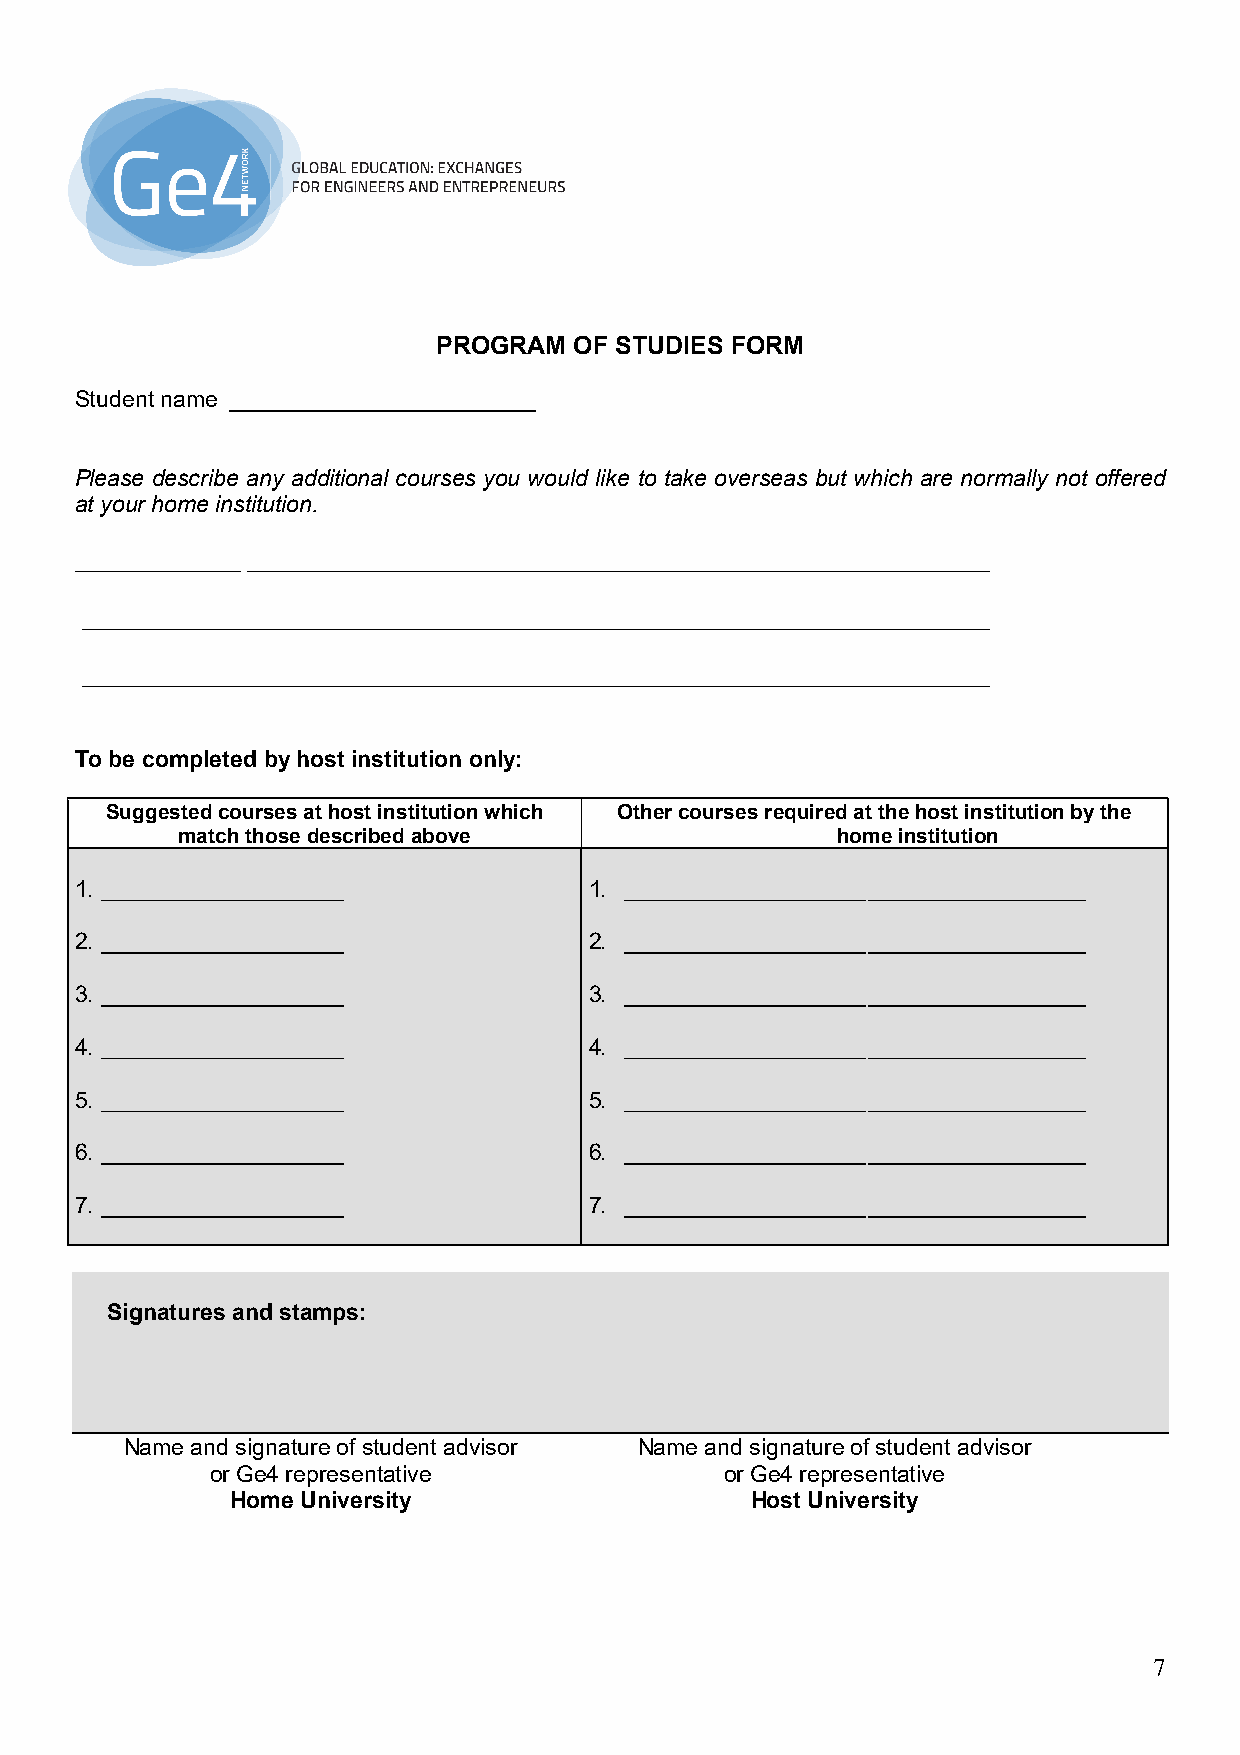
PROGRAM  OF STUDIES FORM
 Student name ________________________
 Please describe any additional courses you would like to take overseas but which are normally not offered
 at your home institution.
 ____________ ______________________________________________________
 __________________________________________________________________
 __________________________________________________________________
 To be completed by host institution only:
 Suggested courses at host institution which Other courses required at the host institution by the
 match those described above                home institution
 1. ___________________            1. ___________________ _________________
 2. ___________________            2. ___________________ _________________
 3. ___________________            3. ___________________ _________________
 4. ___________________            4. ___________________ _________________
 5. ___________________            5. ___________________ _________________
 6. ___________________            6. ___________________ _________________
 7. ___________________            7. ___________________ _________________
 Signatures and stamps:
 Name and signature of student advisor Name and signature of student advisor
 or Ge4 representative             or Ge4 representative
 Home University                    Host University
 7